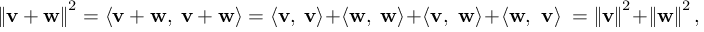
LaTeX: \left\| \mathbf { v } + \mathbf { w } \right\| ^ { 2 } = \langle \mathbf { v + w } , \ \mathbf { v + w } \rangle = \langle \mathbf { v } , \ \mathbf { v } \rangle + \langle \mathbf { w } , \ \mathbf { w } \rangle + \langle \mathbf { v , \ w } \rangle + \langle \mathbf { w , \ v } \rangle \ = \left\| \mathbf { v } \right\| ^ { 2 } + \left\| \mathbf { w } \right\| ^ { 2 } ,